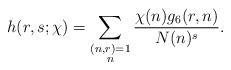
LaTeX: \begin{align*} h(r,s;\chi)=\sum_{\substack{(n,r)=1 \\ n }}\frac {\chi(n)g_6(r,n)}{N(n)^s}.\end{align*}